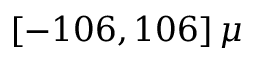
\left[ - 1 0 6 , 1 0 6 \right] \mu